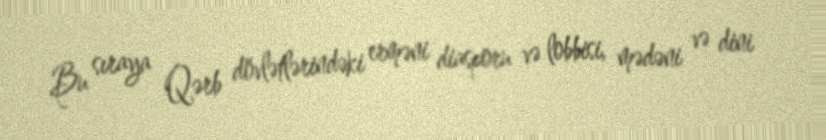
Bu sıraya Qərb dövlətlərindəki erməni diasporu və lobbisi, mədəni və dini